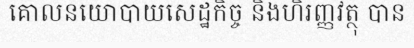
គោលនយោបាយសេដ្ឋកិច្ច និងហិរញ្ញវត្ថុ បាន